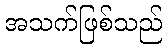
အသက်ဖြစ်သည်